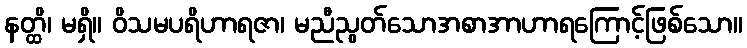
နတ္ထိ၊ မရှိ။ ဝိသမပရိဟာရဇာ၊ မညီညွတ်သောအစာအာဟာရကြောင့်ဖြစ်သော။